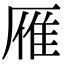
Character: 雁